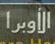
الأوبرا